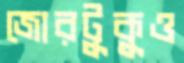
জোরটুকুও